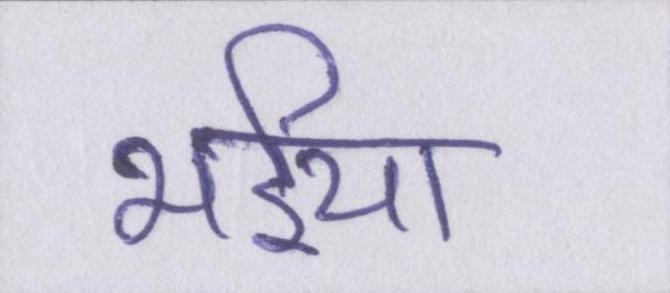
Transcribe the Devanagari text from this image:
भईया